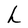
Character: h